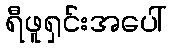
ရီဖူရှင်းအပေါ်